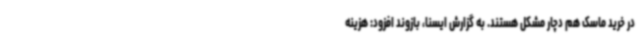
در خرید ماسک هم دچار مشکل هستند. به گزارش ایسنا، بازوند افزود: هزینه